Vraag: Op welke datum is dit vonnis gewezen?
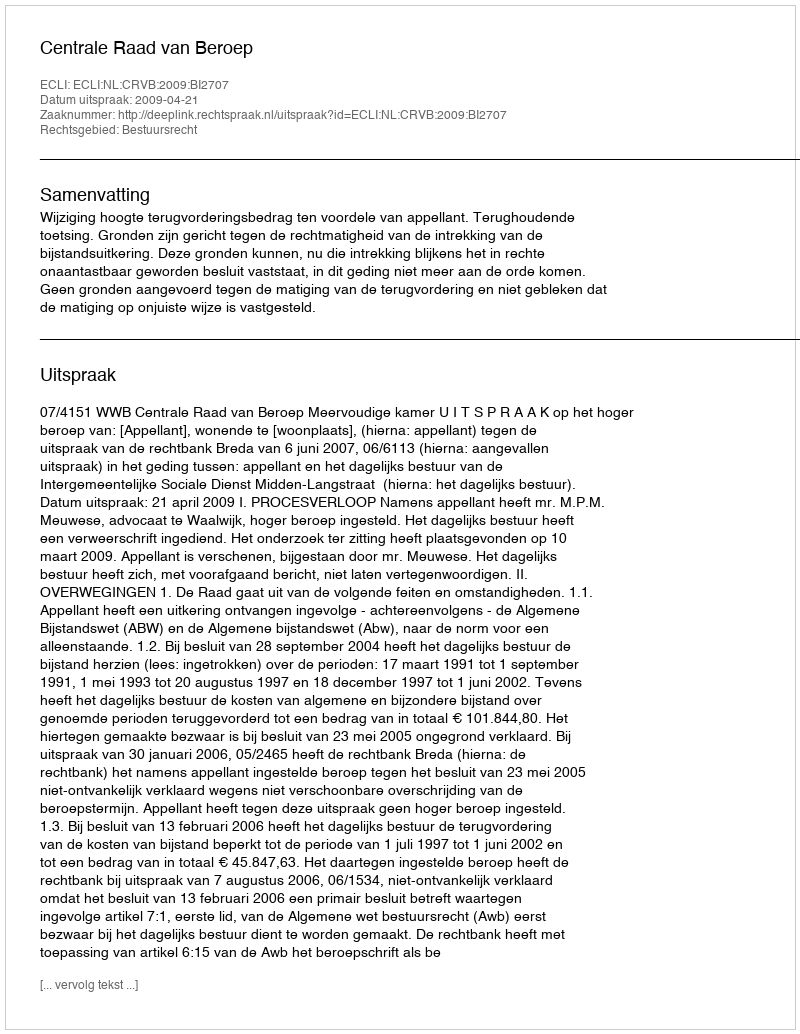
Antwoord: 2009-04-21